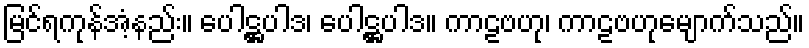
မြင်ရကုန်အံ့နည်း။ ပေါဋ္ဌပါဒ၊ ပေါဋ္ဌပါဒ။ ကာဠဗဟု၊ ကာဠဗဟုမျောက်သည်။